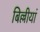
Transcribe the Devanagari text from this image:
बिल्लीयां